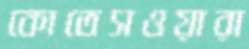
কোতেসওয়ারা